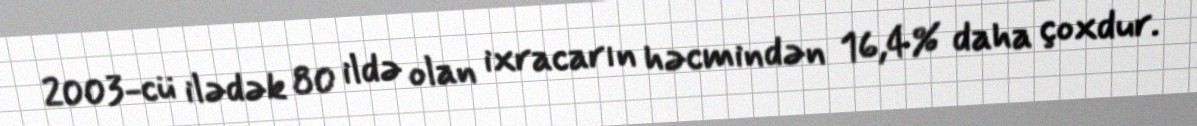
2003-cü ilədək 80 ildə olan ixracarın həcmindən 16,4% daha çoxdur.